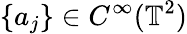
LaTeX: \{ a_{j}\} \in C^{\infty}(\mathbb{T}^{2})